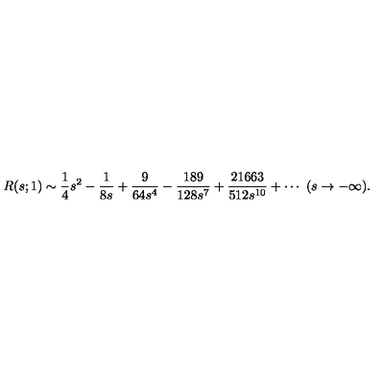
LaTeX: R ( s ; 1 ) \sim { \frac { 1 } { 4 } } s ^ { 2 } - { \frac { 1 } { 8 s } } + { \frac { 9 } { 6 4 s ^ { 4 } } } - { \frac { 1 8 9 } { 1 2 8 s ^ { 7 } } } + { \frac { 2 1 6 6 3 } { 5 1 2 s ^ { 1 0 } } } + \cdots \ ( s \rightarrow - \infty ) .